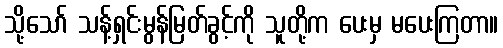
သို့သော် သန့်ရှင်းမွန်မြတ်ခွင့်ကို သူတို့က ပေးမှ မပေးကြတာ။